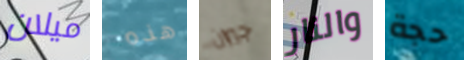
ميلان هذه جيران والنار حجة